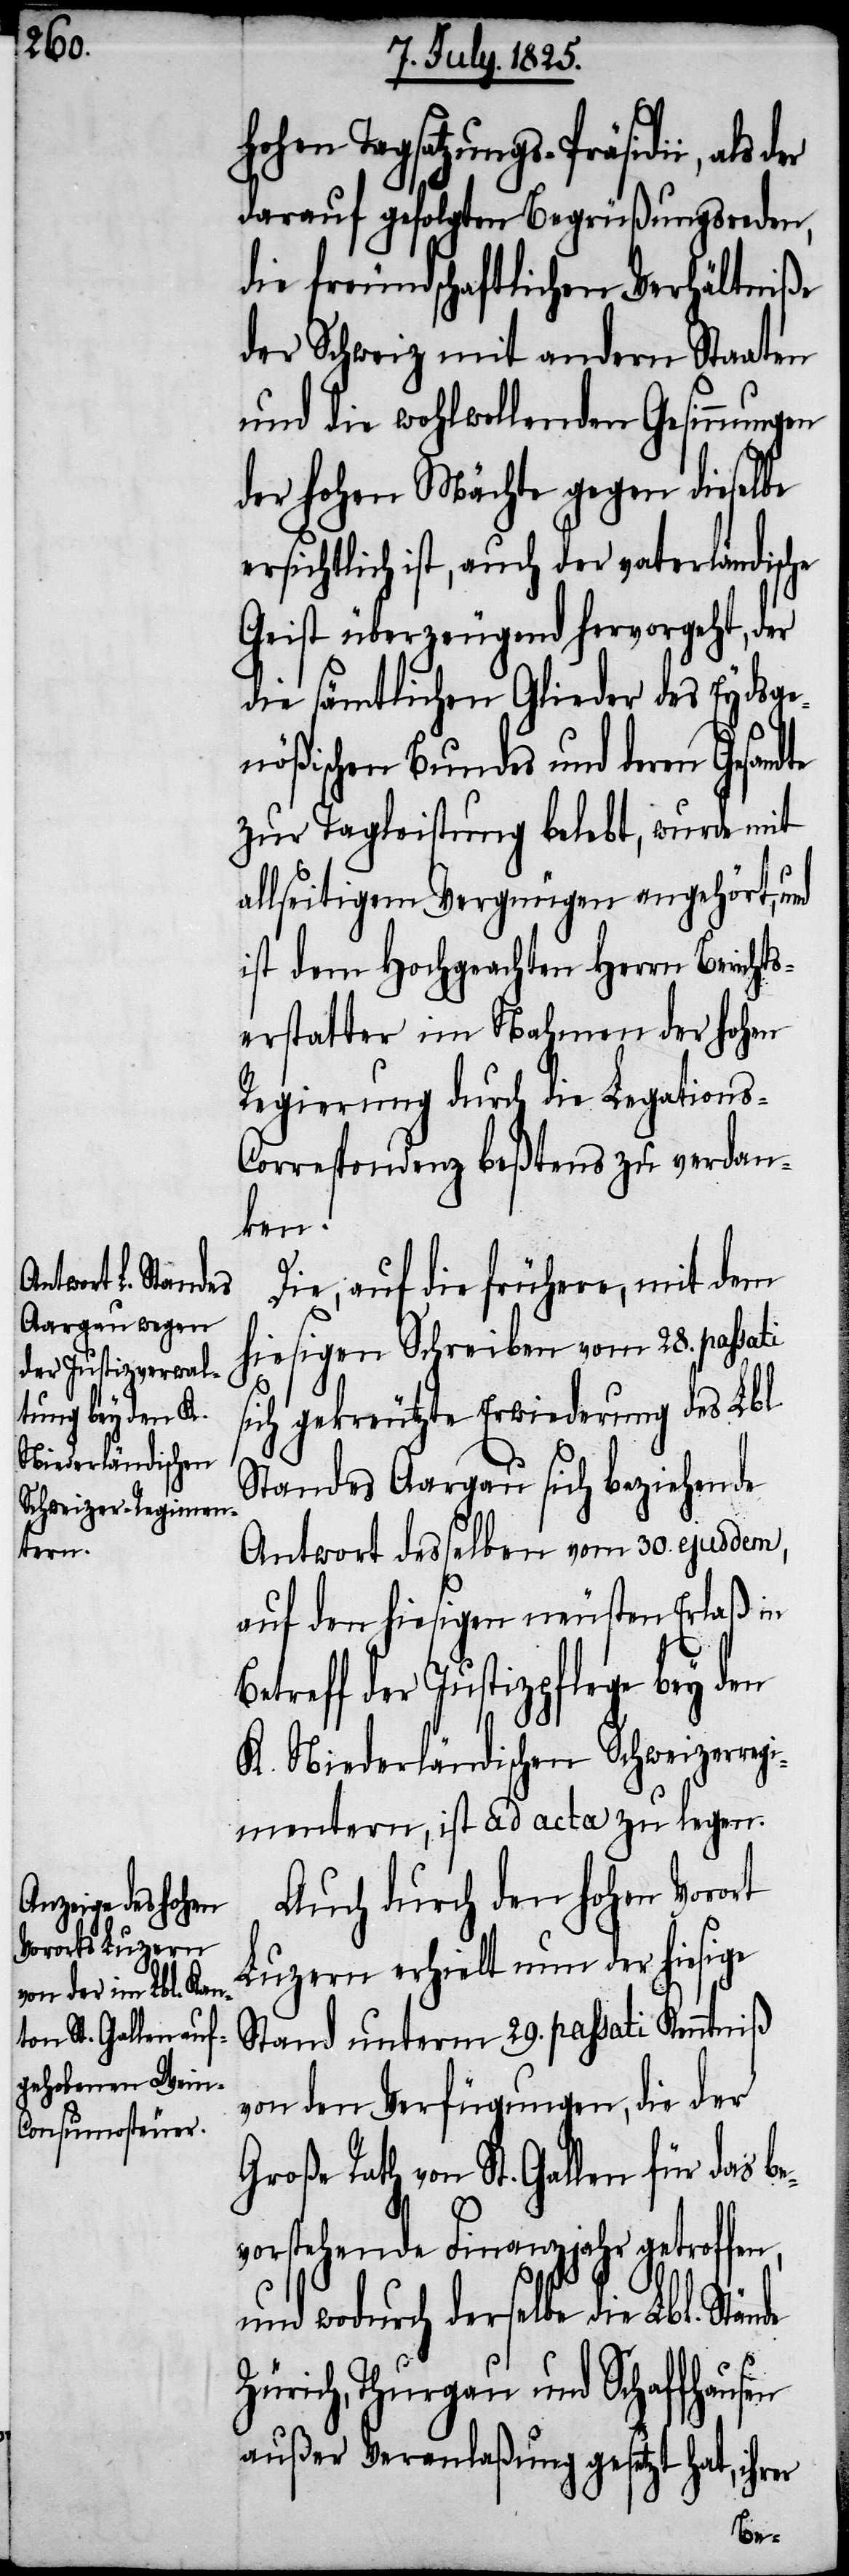
hohen Tagsatzungs-Präsidii, als
darauf gefolgten Begrüßungsreden,
die freundschaftlichen Verhältniße
der Schweiz mit andern Staaten
und die wohlwollenden Gesinnungen
der hohen Mächte gegen dieselbe
ersichtlich ist, auch der vaterländische
Geist überzeugend hervorgeht, der
die sämtlichen Glieder des Eydsge¬
nößischen Bundes und deren Gesandte
zur Tagleistung belebt, wurde mit
allseitigem Vergnügen angehört, und
ist dem Hochgeachten Herrn Berichts¬
erstatter im Nahmen der hohen
Regierung durch die Legations-C¬
onferenz beßtens zu verdan¬
nde Z¬
Die, auf die frühere, mit dem
hiesigen Schreiben vom 28. passati
sich gekreutzte Erwiederung des Lbl.
Standes Aargau sich beziehende
Antwort desselben vom 30. ejusdem,
auf den hiesigen neusten Erlaß in
reff der Justizpflege bey den
K. Niederländischen Schweizerreg¬
imentern, ist ad acta zu legen.
Auch durch den hohen Vorort
Luzern erhielt nun der hiesige
Stand unterm 29. passati Kenntniß
von den Verfügungen, die der
Rath von St. Gallen für das be¬
vorstehende Finanzjahr getroffen,
und wodurch derselbe die Lbl. Stä¬
ürich, Thurgau und Schaffhausen
außer Veranlaßung gesetzt hat, ihr¬
er